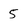
Character: 5